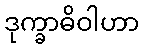
ဒုက္ခာဓိဝါဟာ